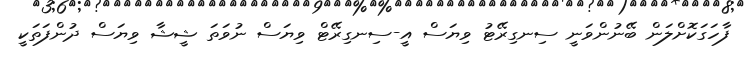
ފާހަގަކޮށްލަން ބޭނުންވަނީ ސިނގިރޭޓު ވިޔަސް އީ-ސިނގިރޭޓް ވިޔަސް ނުވަތަ ޝީޝާ ވިޔަސް ދުންފަތަކީ